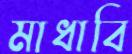
মাধাবি